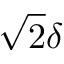
\sqrt { 2 } \delta